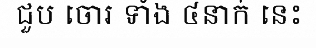
ជួប ចោរ ទាំង ៤នាក់ នេះ